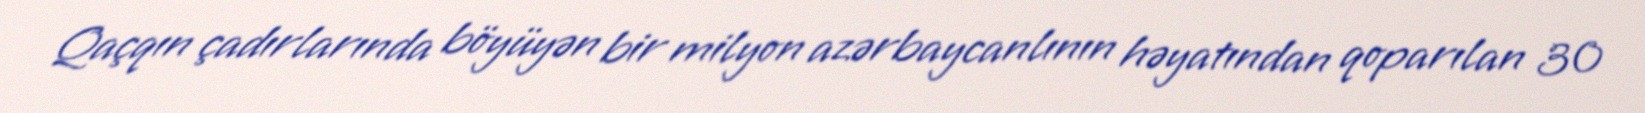
Qaçqın çadırlarında böyüyən bir milyon azərbaycanlının həyatından qoparılan 30